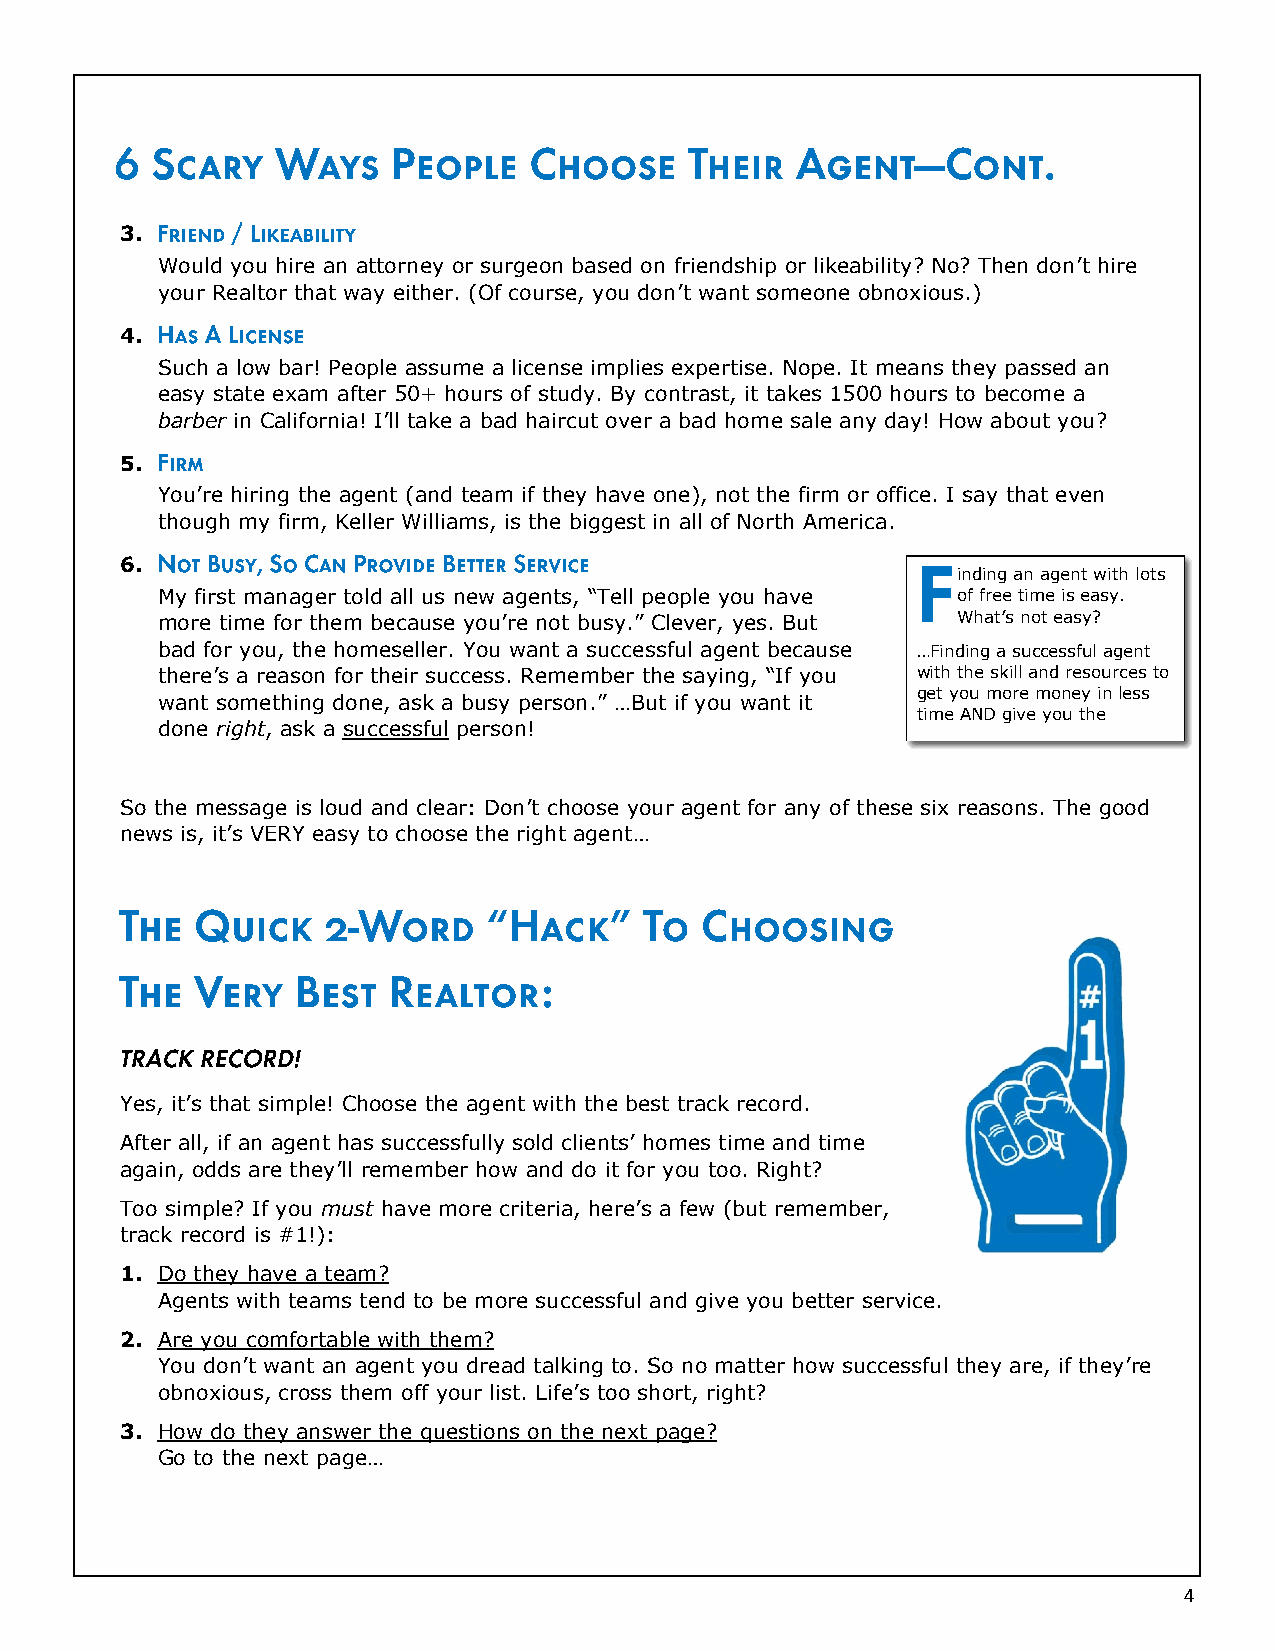
3.
 Would you hire an attorney or surgeon based on friendship or likeability? No? Then don’t hire
 your Realtor that way either. (Of course, you don’t want someone obnoxious.)
 4.
 Such a low bar! People assume a license implies expertise. Nope. It means they passed an
 easy state exam after 50+ hours of study. By contrast, it takes 1500 hours to become a
 barber in California! I’ll take a bad haircut over a bad home sale any day! How about you?
 5.
 You’re hiring the agent (and team if they have one), not the firm or office. I say that even
 though my firm, Keller Williams, is the biggest in all of North America.
 6.
 inding an agent with lots
 My first manager told all us new agents, “Tell people you have of free time is easy.
 more time for them because you’re not busy.” Clever, yes. But What’s not easy?
 bad for you, the homeseller. You want a successful agent because …Finding a successful agent
 there’s a reason for their success. Remember the saying, “If you with the skill and resources to
 get you more money in less
 want something done, ask a busy person.” …But if you want it
 time AND give you the
 done right, ask a successful person!
 So the message is loud and clear: Don’t choose your agent for any of these six reasons. The good
 news is, it’s VERY easy to choose the right agent…
 Yes, it’s that simple! Choose the agent with the best track record.
 After all, if an agent has successfully sold clients’ homes time and time
 again, odds are they’ll remember how and do it for you too. Right?
 Too simple? If you must have more criteria, here’s a few (but remember,
 track record is #1!):
 1. Do they have a team?
 Agents with teams tend to be more successful and give you better service.
 2. Are you comfortable with them?
 You don’t want an agent you dread talking to. So no matter how successful they are, if they’re
 obnoxious, cross them off your list. Life’s too short, right?
 3. How do they answer the questions on the next page?
 Go to the next page…
 4